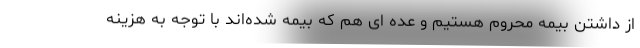
از داشتن بیمه محروم هستیم و عده ای هم که بیمه شده‌اند با توجه به هزینه